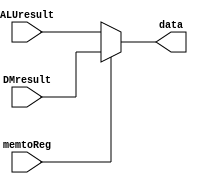
module control_mux(memtoReg, ALUresult, DMresult, data);

input memtoReg;

input [31:0] ALUresult;

input [31:0] DMresult;

output reg [31:0] data;


always @ *
begin
	if(memtoReg==1'b1)
		data <= DMresult;
	else
		data <= ALUresult;

end
endmodule